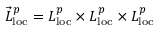
\vec { L } _ { \mathrm { l o c } } ^ { p } = L _ { \mathrm { l o c } } ^ { p } \times L _ { \mathrm { l o c } } ^ { p } \times L _ { \mathrm { l o c } } ^ { p }